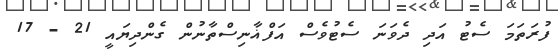
ފުރަތަމަ ސެޓު އަދި ދެވަނަ ސެޓުވެސް އަފްޣާނިސްތާނުން ގެންދިޔައީ 21 - 17